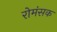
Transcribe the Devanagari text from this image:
रोमंसक